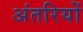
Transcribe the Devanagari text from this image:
अंतरियों